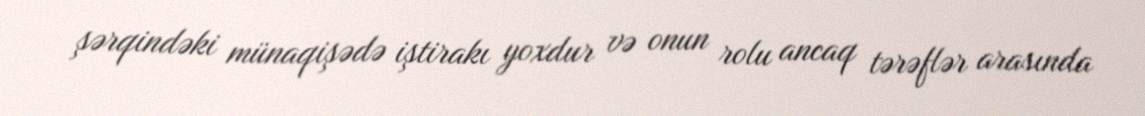
şərqindəki münaqişədə iştirakı yoxdur və onun rolu ancaq tərəflər arasında